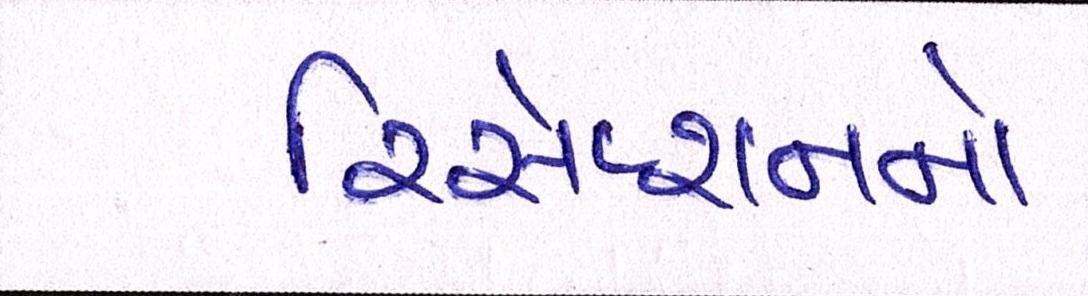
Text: રિસેપ્શનનો